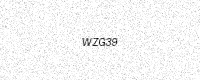
Text: WZG39